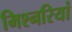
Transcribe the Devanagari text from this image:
मिश्नरियां